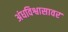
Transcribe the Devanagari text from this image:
अंधविश्वासावर